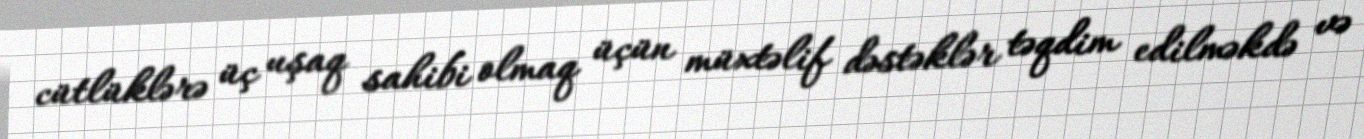
cütlüklərə üç uşaq sahibi olmaq üçün müxtəlif dəstəklər təqdim edilməkdə və